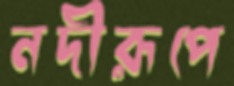
নদীরূপে